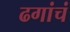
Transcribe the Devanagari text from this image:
ढगांचं